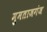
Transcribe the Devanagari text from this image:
मुमताजगंज